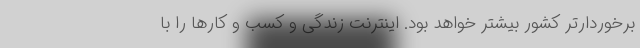
برخوردارتر کشور بیشتر خواهد بود. اینترنت زندگی و کسب و کارها را با